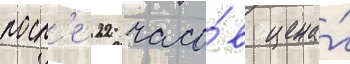
посл'е 22 часо́в цена́